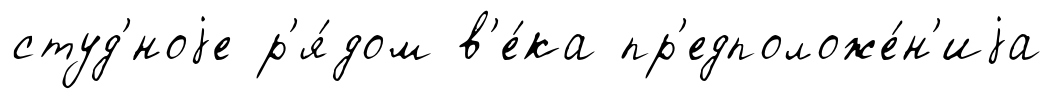
студ'́ноjе р'я́дом в'е́ка пр'едположе́н'иjа